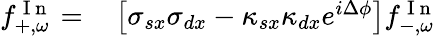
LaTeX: \begin{array}{rl}{f_{+,\omega}^{\mathrm{~I~n~}}=}&{{}\left[\sigma_{sx}\sigma_{dx}-\kappa_{sx}\kappa_{dx}e^{i\Delta\phi}\right]f_{-,\omega}^{\mathrm{~I~n~}}}\end{array}